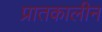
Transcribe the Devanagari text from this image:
प्रातकालीन